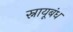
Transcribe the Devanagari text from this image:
स्नायूबंध